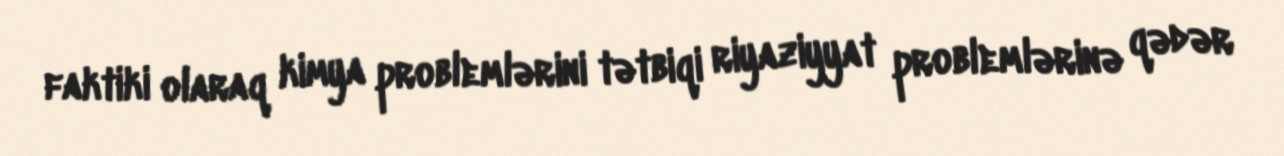
faktiki olaraq kimya problemlərini tətbiqi riyaziyyat problemlərinə qədər